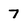
Character: 7